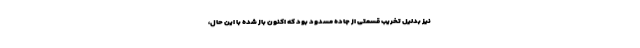
نیز بدلیل تخریب قسمتی از جاده مسدود بود که اکنون باز شده با این حال،